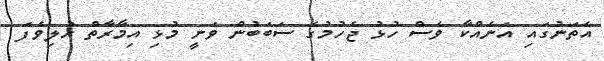
އެތަނުގައި އަނެއްކާ ވެސް ހުޅު ޖެހުމުގެ ސަބަބުން ވަނީ މުޅި އިމާރާތް ހުލިވެފަ